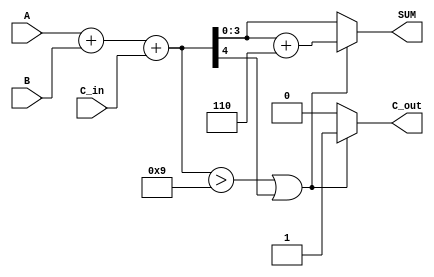
module BCD_LUT_Adder (
    input [3:0] A,      // 4-bit BCD input A
    input [3:0] B,      // 4-bit BCD input B
    input C_in,         // Carry-in bit
    output reg [3:0] SUM, // 4-bit BCD output
    output reg C_out       // Carry-out bit
);
    // Temporary SUM - max 5-bit to accommodate carry
    wire [4:0] TEMP_SUM;
    
    // Calculate initial sum (A + B + C_in)
    assign TEMP_SUM = A + B + C_in;

    // BCD Corrected output based on TEMP_SUM
    always @(*) begin
        // Initialize SUM and C_out
        SUM = 4'b0000;
        C_out = 1'b0;

        // Check if TEMP_SUM exceeds BCD range
        if (TEMP_SUM > 5'b01001 || TEMP_SUM[4]) begin
            // If TEMP_SUM > 9 or there is an overflow, add 6 to correct
            SUM = TEMP_SUM + 5'b00110; // Add 6 (0110)
            C_out = 1'b1;               // Carry-out is raised
        end else begin
            SUM = TEMP_SUM[3:0];        // Otherwise, just take the lower 4 bits
            C_out = 1'b0;                // No carry-out
        end
    end

    // LUT-based BCD result - extra if you want to use explicit LUT table
    /*
    reg [3:0] LUT [0:19]; // LUT for values 0 to 19
    initial begin
        LUT[0] = 4'b0000; // 0
        LUT[1] = 4'b0001; // 1
        LUT[2] = 4'b0010; // 2
        LUT[3] = 4'b0011; // 3
        LUT[4] = 4'b0100; // 4
        LUT[5] = 4'b0101; // 5
        LUT[6] = 4'b0110; // 6
        LUT[7] = 4'b0111; // 7
        LUT[8] = 4'b1000; // 8
        LUT[9] = 4'b1001; // 9
        // For values greater than 9, we can specify what BCD will be:
        // e.g., use corrected values if > 9
        LUT[10] = 4'b0000; // 10
        LUT[11] = 4'b0001; // 11
        LUT[12] = 4'b0010; // 12
        LUT[13] = 4'b0011; // 13
        LUT[14] = 4'b0100; // 14
        LUT[15] = 4'b0101; // 15
        LUT[16] = 4'b0110; // 16
        LUT[17] = 4'b0111; // 17
        LUT[18] = 4'b1000; // 18
        LUT[19] = 4'b1001; // 19
    end
    */
endmodule